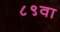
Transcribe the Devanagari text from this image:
८९वा